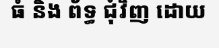
ធំ និង ព័ទ្ធ ជុំវិញ ដោយ